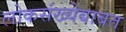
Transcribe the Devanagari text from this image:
लोकसंख्येबाबत